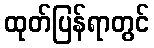
ထုတ်ပြန်ရာတွင်